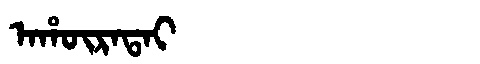
Manchu: ᠠᡥᡡᡵᠠᡨᠠᡳ
Romanization: AHŪRATAI